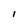
Character: I